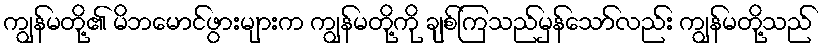
ကျွန်မတို့၏ မိဘမောင်ဖွားများက ကျွန်မတို့ကို ချစ်ကြသည်မှန်သော်လည်း ကျွန်မတို့သည်